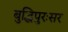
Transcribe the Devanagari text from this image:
बुद्धिपुरःसर